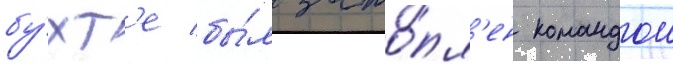
бу́хт'е бы́л зато́пл'ен командои